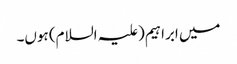
میں ابراہیم(علیہ السلام) ہوں۔